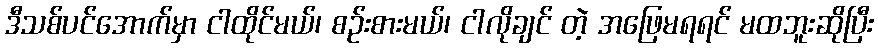
ဒီသစ်ပင်အောက်မှာ ငါထိုင်မယ်၊ စဉ်းစားမယ်၊ ငါလိုချင် တဲ့ အဖြေမရရင် မထဘူးဆိုပြီး